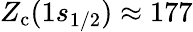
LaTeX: Z_{\mathrm{c}}(1s_{1/2})\approx 177